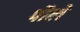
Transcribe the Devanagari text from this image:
पौलें